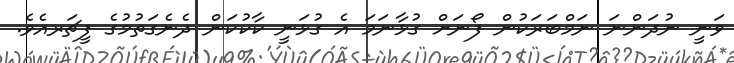
ވަނީ ނުދަންނަ ނަމްބަރަކުން ފޯނަށް ގުޅާނަމަ އެ ގުޅަނީ ކާކުކަން ދެނެގަތުމުގެ ފީޗަރއެވެ.